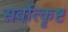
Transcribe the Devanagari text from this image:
सर्वोत्कॄष्ट